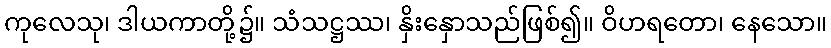
ကုလေသု၊ ဒါယကာတို့၌။ သံသဋ္ဌဿ၊ နှိးနှောသည်ဖြစ်၍။ ဝိဟရတော၊ နေသော။